65_HS1-834228961_62-HQ-83894_Section_3
Agency: FBI
Page 74
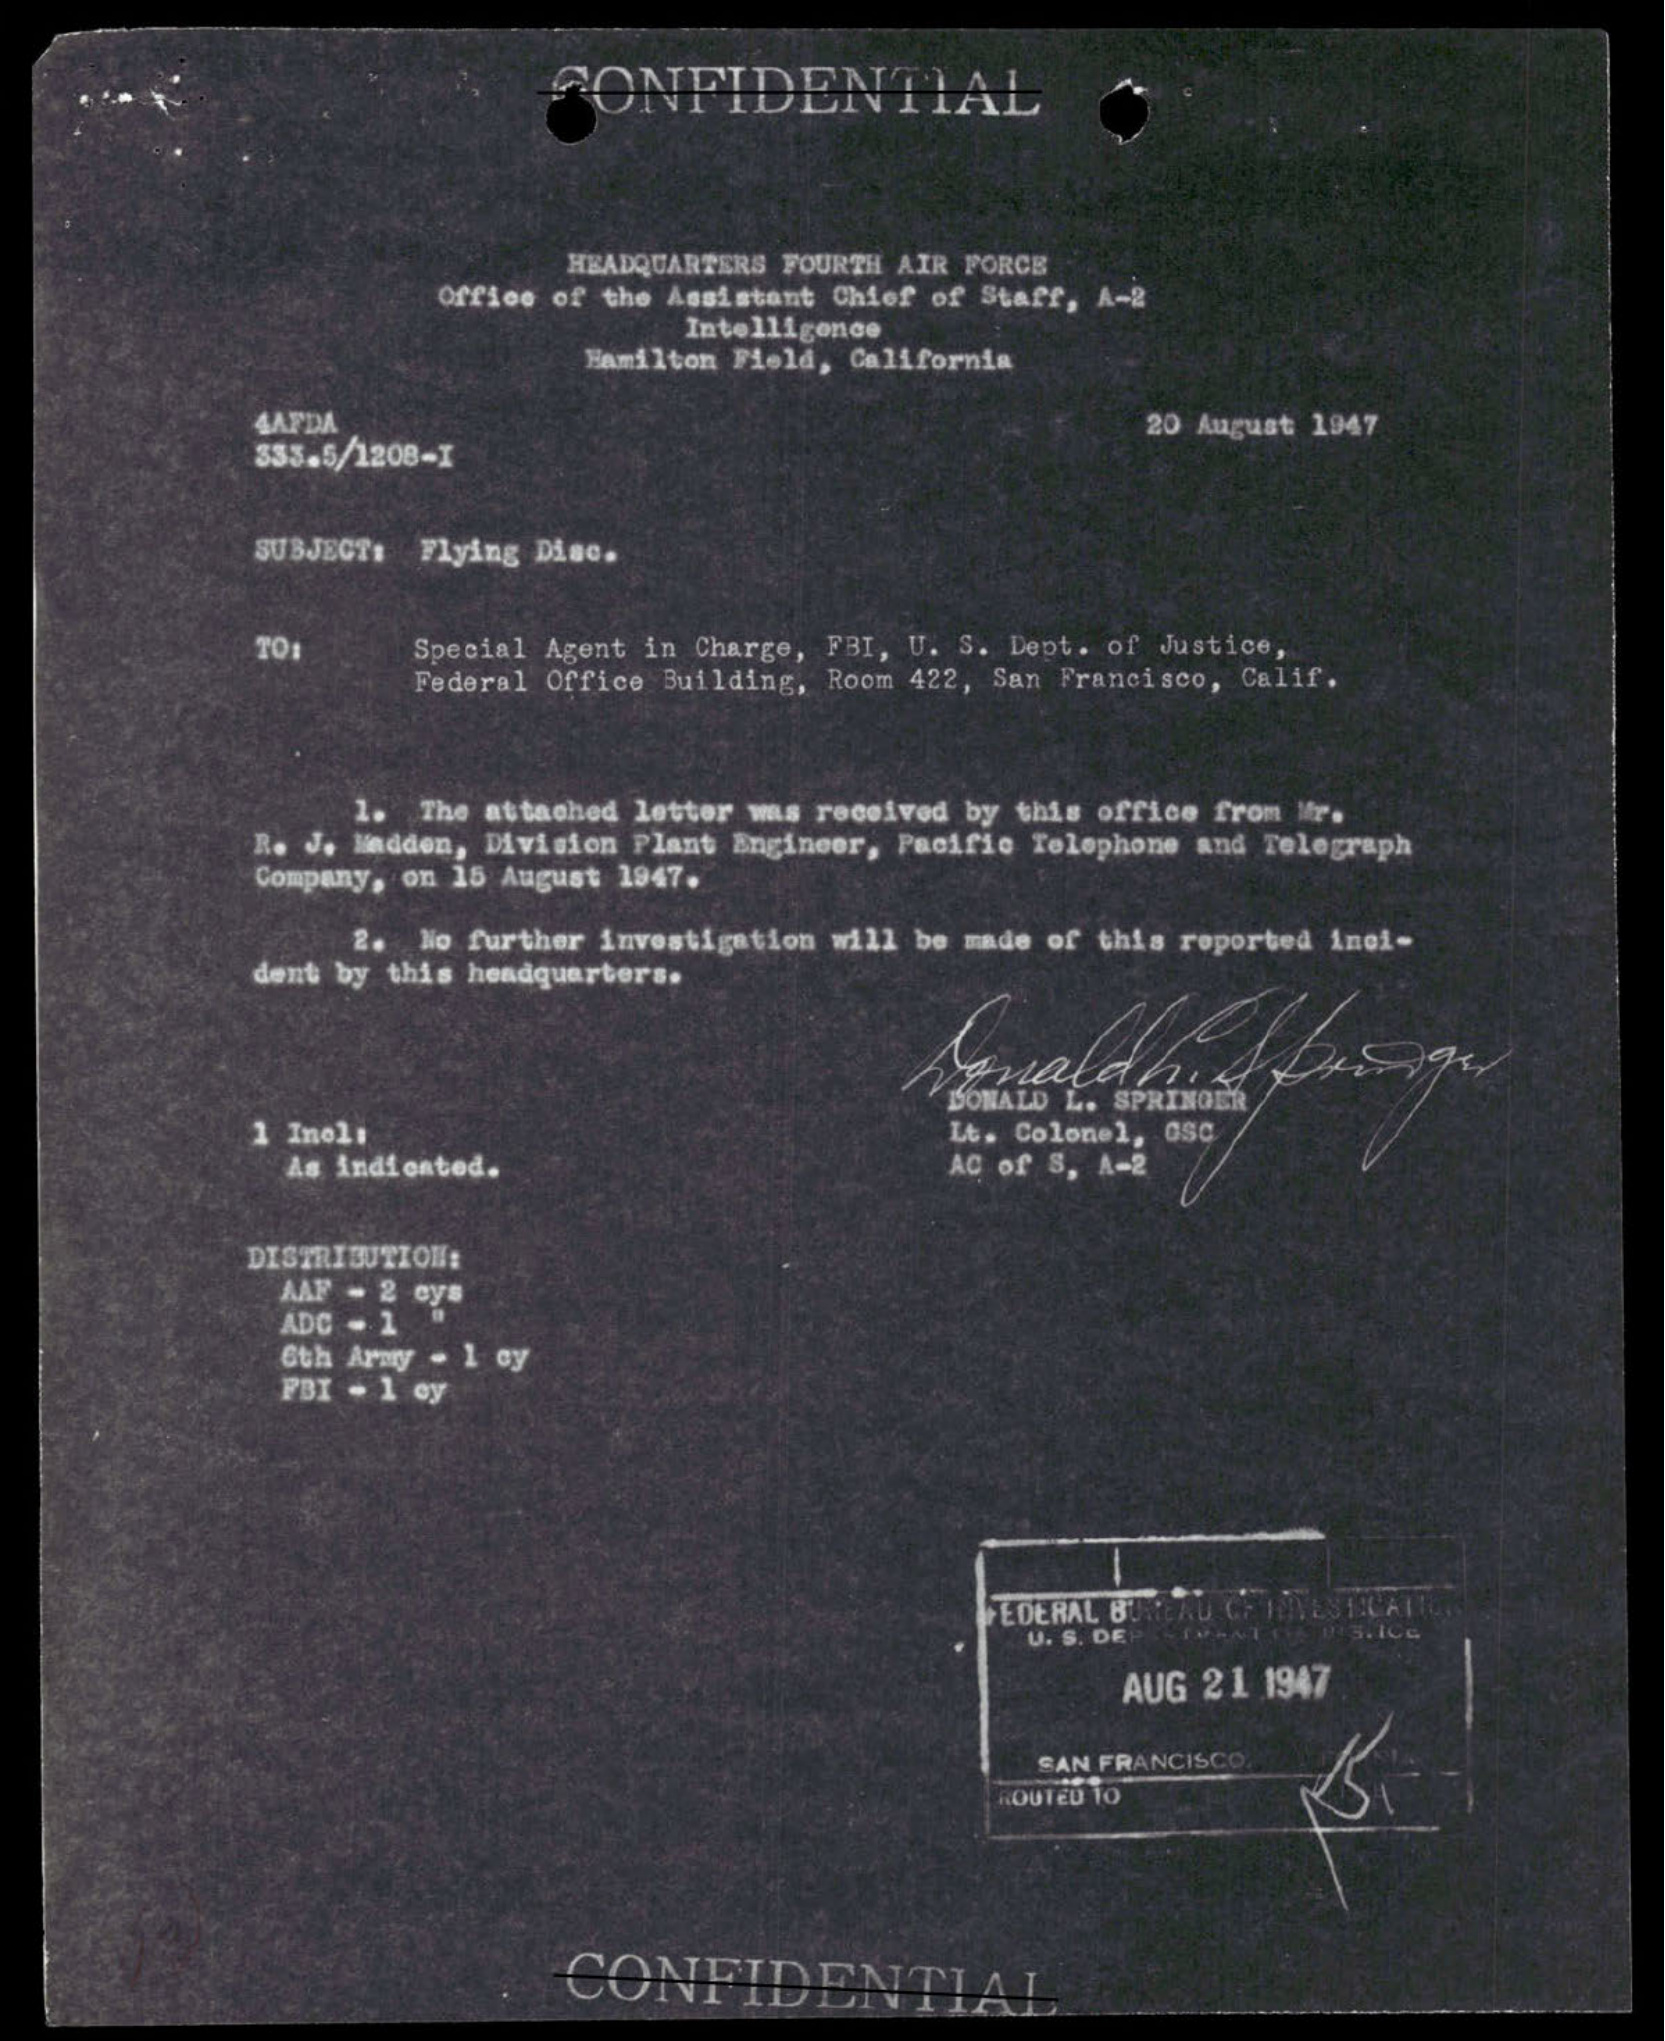